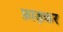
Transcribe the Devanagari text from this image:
फ़ाड़कर